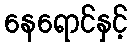
နေရောင်နှင့်